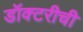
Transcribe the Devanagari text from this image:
डॉक्टरीची